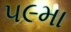
૫૯મા